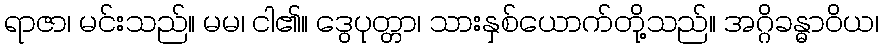
ရာဇာ၊ မင်းသည်။ မမ၊ ငါ၏။ ဒွေပုတ္တာ၊ သားနှစ်ယောက်တို့သည်။ အဂ္ဂိခန္ဓာဝိယ၊